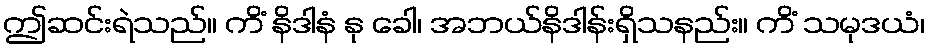
ဤဆင်းရဲသည်။ ကိံ နိဒါနံ နု ခေါ၊ အဘယ်နိဒါန်းရှိသနည်း။ ကိံ သမုဒယံ၊